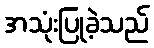
အသုံးပြုခဲ့သည်